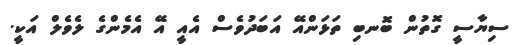
ސިޔާސީ ގޮތުން ބޮނބި ތަޅަންއޭ އަބަދުވެސް އެއީ އޭ އެމެންގެ ލެވެލް އަކީ.